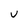
Character: U